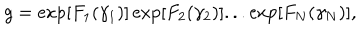
g = \exp [ F _ { 1 } ( \gamma _ { 1 } ) ] \exp [ F _ { 2 } ( \gamma _ { 2 } ) ] . . . \exp [ F _ { N } ( \gamma _ { N } ) ] ,